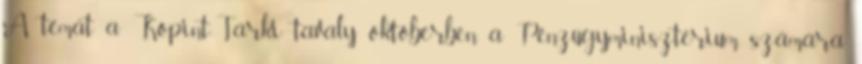
A témát a Kopint-Tárki tavaly októberben a Pénzügyminisztérium számára